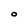
Character: O